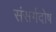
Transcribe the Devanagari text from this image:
संसर्गदोष